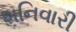
શનિવારી